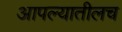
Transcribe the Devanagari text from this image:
आपल्यातीलच